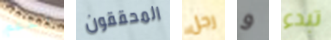
بالدعم المحققون رجل و تبدء